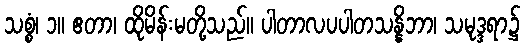
သစ္စံ၊ ၁။ ဧတာ၊ ထိုမိန်းမတို့သည်။ ပါတာလပပါတသန္နိဘာ၊ သမုဒ္ဒရာ၌